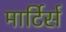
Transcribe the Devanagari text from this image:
मार्टिर्स